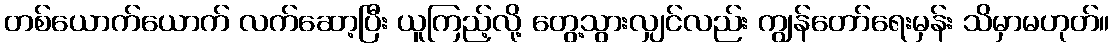
တစ်ယောက်ယောက် လက်ဆော့ပြီး ယူကြည့်လို့ တွေ့သွားလျှင်လည်း ကျွန်တော်ရေးမှန်း သိမှာမဟုတ်။